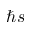
\hbar s